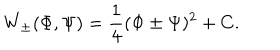
LaTeX: W _ { \pm } ( \Phi , \Psi ) = \frac { 1 } { 4 } ( \Phi \pm \Psi ) ^ { 2 } + C .